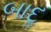
બાદૢ